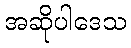
အဆိုပါဒေသ